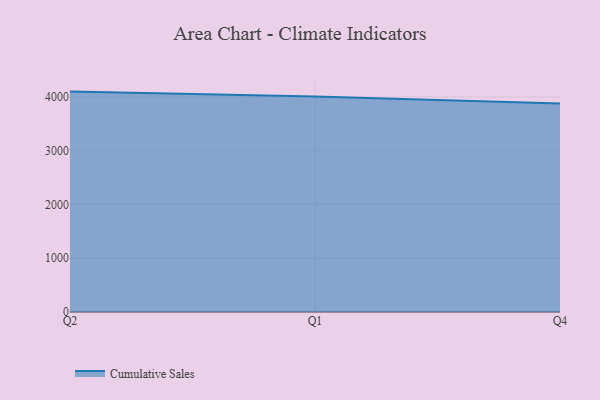
{"axis": {"x": "Quarter", "y": "Operating Costs (USD K)"}, "legend": ["Cumulative Sales"], "data": [{"x": "Q2", "y": 4098.9, "type": "Cumulative Sales"}, {"x": "Q1", "y": 4006.9, "type": "Cumulative Sales"}, {"x": "Q4", "y": 3879.0, "type": "Cumulative Sales"}]}